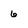
Character: 6